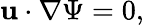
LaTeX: {\boldsymbol{\mathbf{u}}}\cdot\nabla\Psi=0,